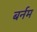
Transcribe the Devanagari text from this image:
बर्नम